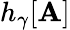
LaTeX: h_{\gamma}[\mathbf{A}]